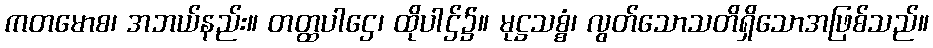
ကတမောစ၊ အဘယ်နည်း။ တတ္ထပါဌေ၊ ထိုပါဌ်၌။ မုဋ္ဌသစ္စံ၊ လွတ်သောသတိရှိသောအဖြစ်သည်။